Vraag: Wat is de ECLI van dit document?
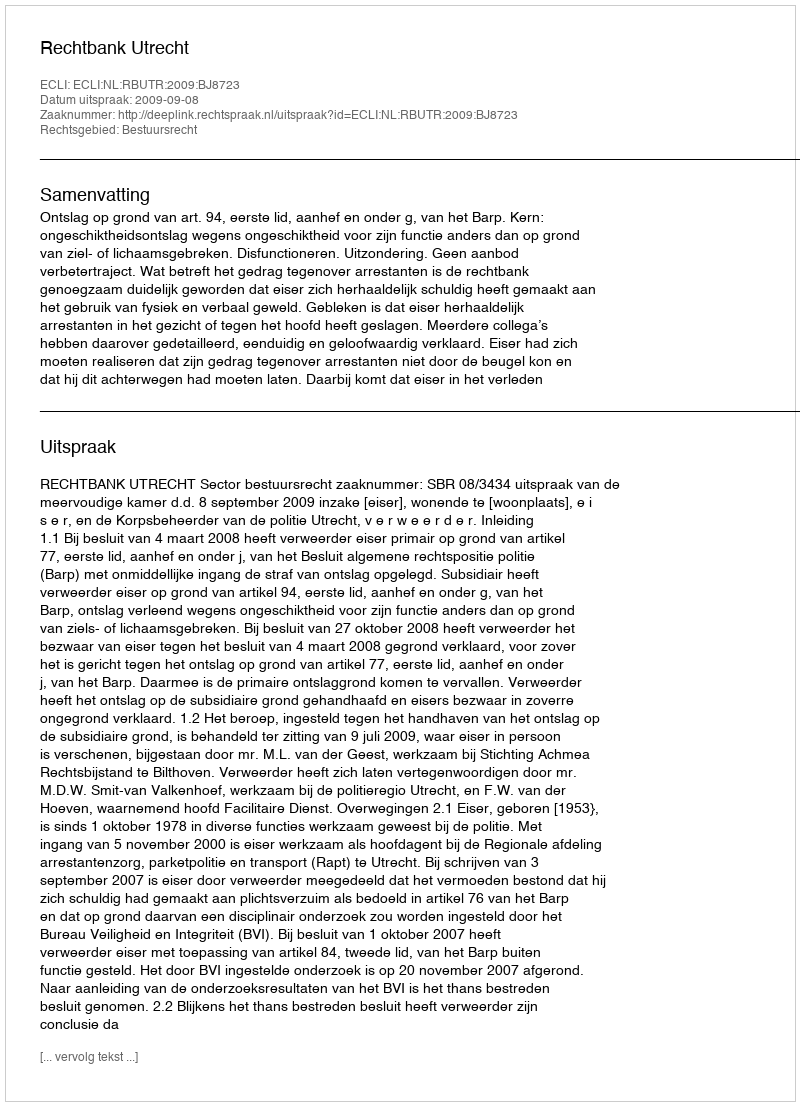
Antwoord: ECLI:NL:RBUTR:2009:BJ8723